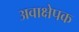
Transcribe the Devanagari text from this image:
अवाक्षेपक